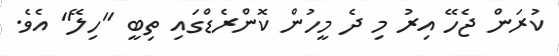
ކުރަން ޖެހޭ އިރު މި ދެ މީހުން ކޮންރެޑްގައި ތިބީ "ހިލޭ" އެވެ.